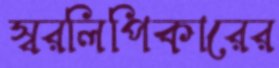
স্বরলিপিকারের